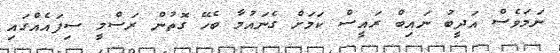
ނަމަވެސް އަދީބު ނައިބް ރައީސް ކަމަށް ގެނައުމާ ބެހޭ ގޮތުން ރަސްމީ ސިފައެއްގައި